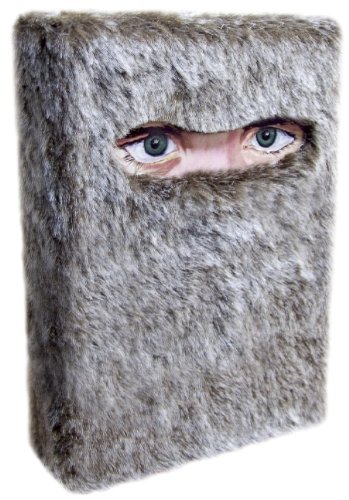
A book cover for The Wild Things (Fur-covered Edition); Dave Eggers; Science Fiction & Fantasy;